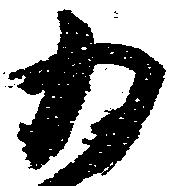
為